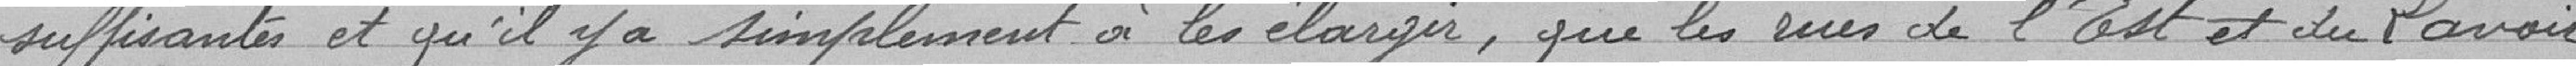
suffisantes et qu'il y a simplement à les élargir, que les rues de l'Est et du Lavoir